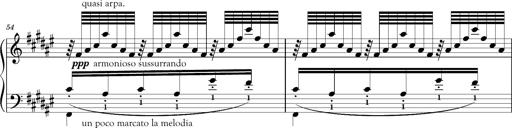
Title: Schlummerlied mit Arabesken
Composer: Franz Liszt
Key: F-sharp major